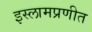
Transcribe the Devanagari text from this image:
इस्लामप्रणीत